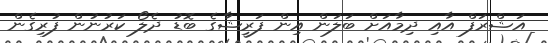
އަޝްރަފް އާއި ދިމާއަށް ބަލަން އިން ފަރީޝާގެ ބޮޑު ދެލޯ ކަރުނުން ފުރިގެން